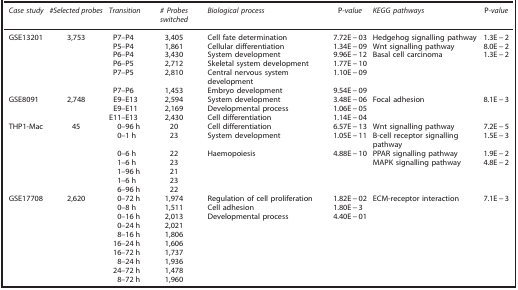
<table><thead><tr><td><b><i>Case study</i></b></td><td><b><i>#Selected probes</i></b></td><td><b><i>Transition</i></b></td><td><b><i># Probes switched</i></b></td><td><b><i>Biological process</i></b></td><td><b>P<i>-value</i></b></td><td><b><i>KEGG pathways</i></b></td><td><b>P<i>-value</i></b></td></tr></thead><tbody><tr><td>GSE13201</td><td>3,753</td><td>P7–P4</td><td>3,405</td><td>Cell fate determination</td><td>7.72E−03</td><td>Hedgehog signalling pathway</td><td>1.3E−2</td></tr><tr><td> </td><td> </td><td>P5–P4</td><td>1,861</td><td>Cellular differentiation</td><td>1.34E−09</td><td>Wnt signalling pathway</td><td>8.0E−2</td></tr><tr><td> </td><td> </td><td>P6–P4</td><td>3,430</td><td>System development</td><td>9.96E−12</td><td>Basal cell carcinoma</td><td>1.3E−2</td></tr><tr><td> </td><td> </td><td>P6–P5</td><td>2,712</td><td>Skeletal system development</td><td>1.77E−10</td><td> </td><td> </td></tr><tr><td> </td><td> </td><td>P7–P5</td><td>2,810</td><td>Central nervous system development</td><td>1.10E−09</td><td> </td><td> </td></tr><tr><td> </td><td> </td><td>P7–P6</td><td>1,453</td><td>Embryo development</td><td>9.54E−09</td><td> </td><td> </td></tr><tr><td>GSE8091</td><td>2,748</td><td>E9–E13</td><td>2,594</td><td>System development</td><td>3.48E−06</td><td>Focal adhesion</td><td>8.1E−3</td></tr><tr><td> </td><td> </td><td>E9–E11</td><td>2,169</td><td>Developmental process</td><td>1.06E−05</td><td> </td><td> </td></tr><tr><td> </td><td> </td><td>E11–E13</td><td>2,430</td><td>Cell differentiation</td><td>1.14E−04</td><td> </td><td> </td></tr><tr><td>THP1-Mac</td><td>45</td><td>0–96 h</td><td>20</td><td>Cell differentiation</td><td>6.57E−13</td><td>Wnt signalling pathway</td><td>7.2E−5</td></tr><tr><td> </td><td> </td><td>0–1 h</td><td>23</td><td>System development</td><td>1.05E−11</td><td>B-cell receptor signalling pathway</td><td>1.5E−3</td></tr><tr><td> </td><td> </td><td>0–6 h</td><td>22</td><td>Haemopoiesis</td><td>4.88E−10</td><td>PPAR signalling pathway</td><td>1.9E−2</td></tr><tr><td> </td><td> </td><td>1–6 h</td><td>23</td><td> </td><td> </td><td>MAPK signalling pathway</td><td>4.8E−2</td></tr><tr><td> </td><td> </td><td>1–96 h</td><td>21</td><td> </td><td> </td><td> </td><td> </td></tr><tr><td> </td><td> </td><td>1–6 h</td><td>23</td><td> </td><td> </td><td> </td><td> </td></tr><tr><td> </td><td> </td><td>6–96 h</td><td>22</td><td> </td><td> </td><td> </td><td> </td></tr><tr><td>GSE17708</td><td>2,620</td><td>0–72 h</td><td>1,974</td><td>Regulation of cell proliferation</td><td>1.82E−02</td><td>ECM-receptor interaction</td><td>7.1E−3</td></tr><tr><td> </td><td> </td><td>0–8 h</td><td>1,511</td><td>Cell adhesion</td><td>1.80E−3</td><td> </td><td> </td></tr><tr><td> </td><td> </td><td>0–16 h</td><td>2,013</td><td>Developmental process</td><td>4.40E−01</td><td> </td><td> </td></tr><tr><td> </td><td> </td><td>0–24 h</td><td>2,021</td><td> </td><td> </td><td> </td><td> </td></tr><tr><td> </td><td> </td><td>8–16 h</td><td>1,806</td><td> </td><td> </td><td> </td><td> </td></tr><tr><td> </td><td> </td><td>16–24 h</td><td>1,606</td><td> </td><td> </td><td> </td><td> </td></tr><tr><td> </td><td> </td><td>16–72 h</td><td>1,737</td><td> </td><td> </td><td> </td><td> </td></tr><tr><td> </td><td> </td><td>8–24 h</td><td>1,936</td><td> </td><td> </td><td> </td><td> </td></tr><tr><td> </td><td> </td><td>24–72 h</td><td>1,478</td><td> </td><td> </td><td> </td><td> </td></tr><tr><td> </td><td> </td><td>8–72 h</td><td>1,960</td><td> </td><td> </td><td> </td><td> </td></tr></tbody></table>